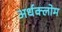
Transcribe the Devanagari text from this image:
अर्धक्लोम